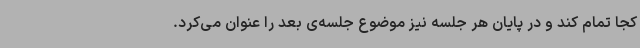
کجا تمام کند و در پایان هر جلسه نیز موضوع جلسه‌ی بعد را عنوان می‌کرد.